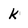
Character: k